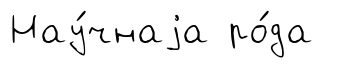
Нау́чнаjа ро́да